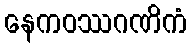
နေကဝဿဂဏိကံ